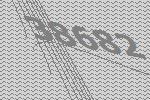
38682